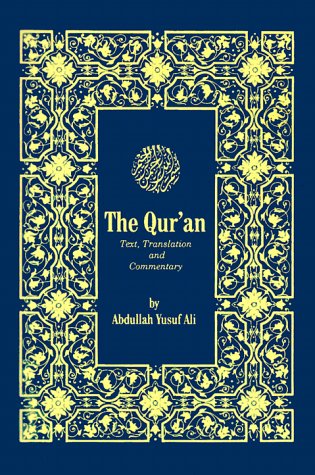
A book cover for The Qur'an: Text, Translation, and Commentary (English and Arabic Edition); Religion & Spirituality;